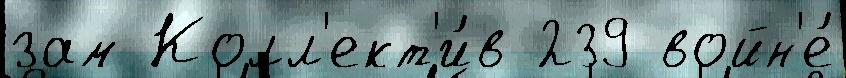
зам Колл'ект'и́в 239 войн'е́